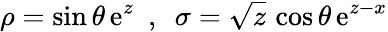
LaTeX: \rho={\sin\theta}\, \mathrm{e}^{z}~~,~~\sigma={\sqrt{z}}\, \cos\theta\, \mathrm{e}^{z-x}